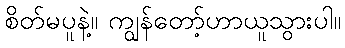
စိတ်မပူနဲ့။ ကျွန်တော့်ဟာယူသွားပါ။